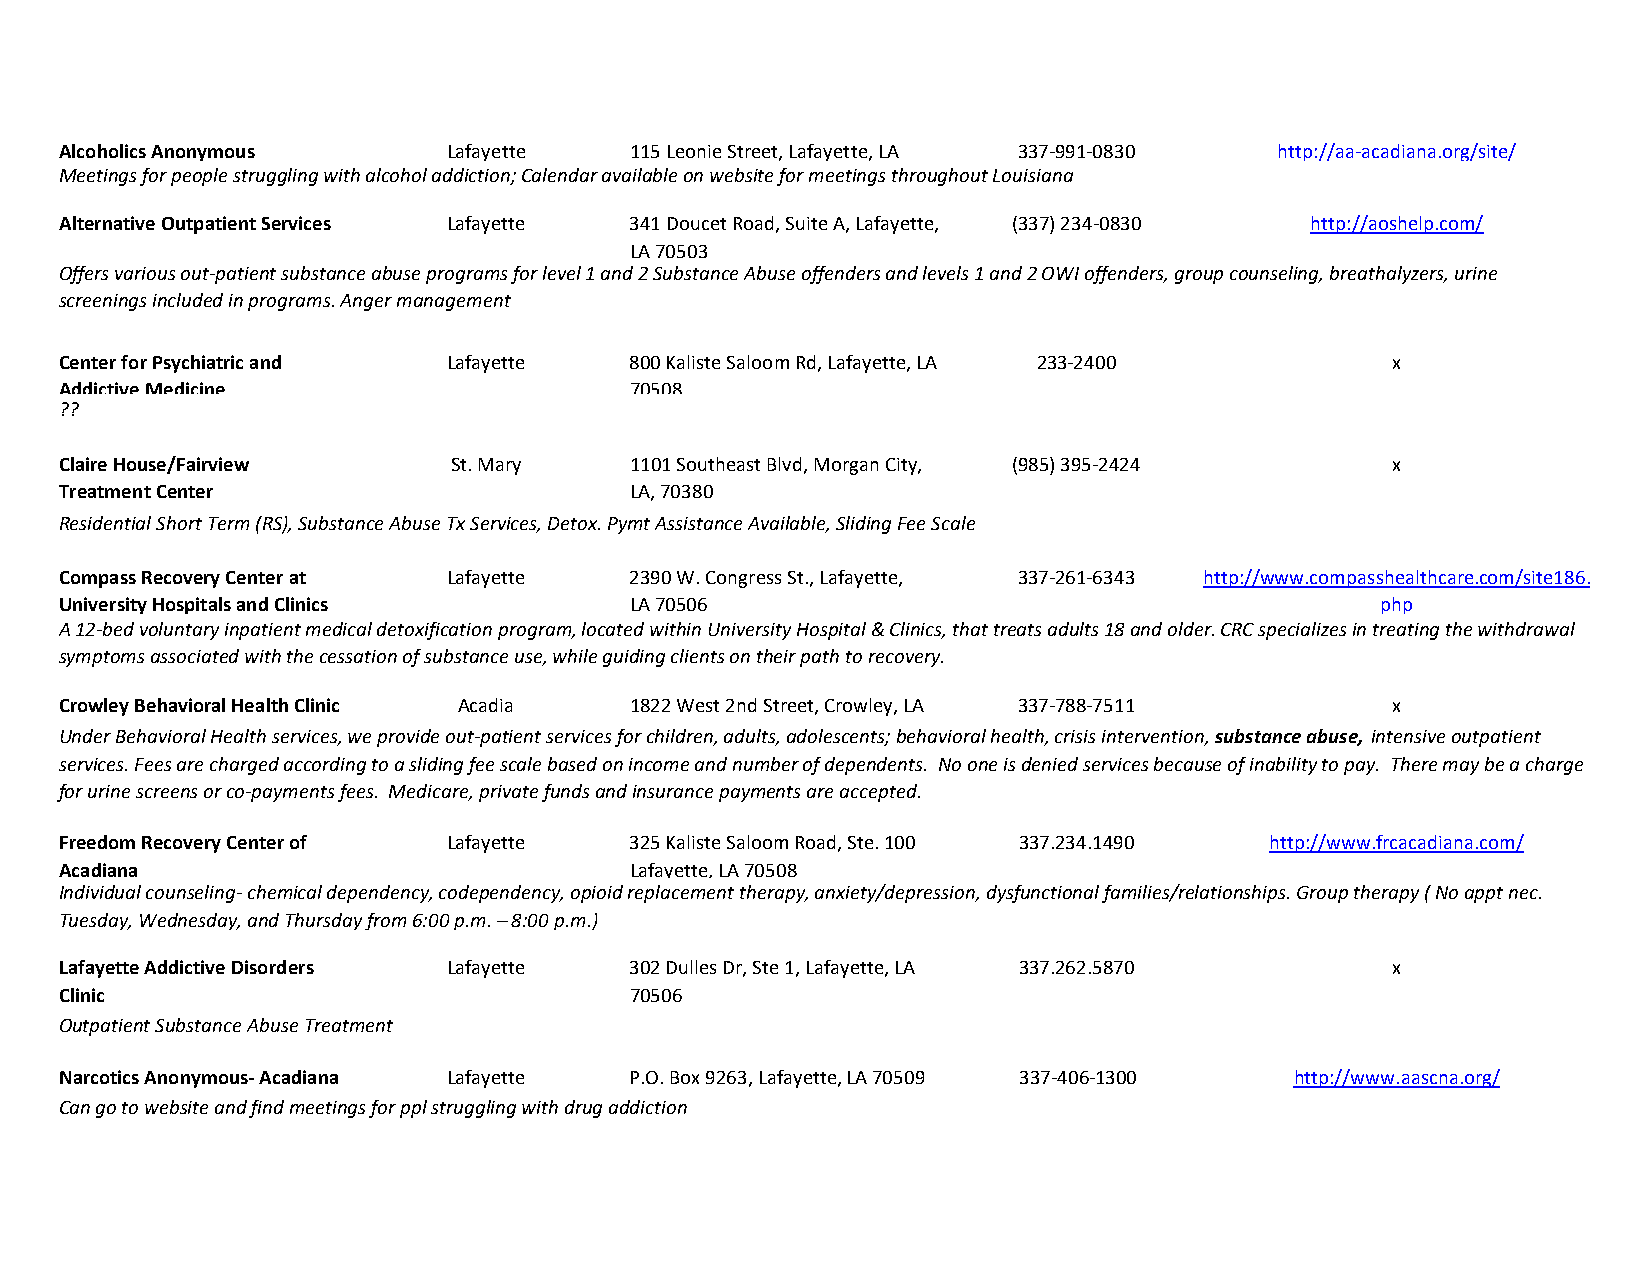
Alcoholics Anonymous      Lafayette   115 Leonie Street, Lafayette, LA 337-991-0830 http://aa-acadiana.org/site/
 Meetings for people struggling with alcohol addiction; Calendar available on website for meetings throughout Louisiana
 Alternative Outpatient Services Lafayette 341 Doucet Road, Suite A, Lafayette, (337) 234-0830 http://aoshelp.com/
 LA 70503
 Offers various out-patient substance abuse programs for level 1 and 2 Substance Abuse offenders and levels 1 and 2 OWI offenders, group counseling, breathalyzers, urine
 screenings included in programs. Anger management
 Center for Psychiatric and Lafayette  800 Kaliste Saloom Rd, Lafayette, LA 233-2400     x
 Addictive Medicine                    70508
 ??
 Claire House/Fairview     St. Mary    1101 Southeast Blvd, Morgan City, (985) 395-2424  x
 Treatment Center                      LA, 70380
 Residential Short Term (RS), Substance Abuse Tx Services, Detox. Pymt Assistance Available, Sliding Fee Scale
 Compass Recovery Center at Lafayette  2390 W. Congress St., Lafayette, 337-261-6343 http://www.compasshealthcare.com/site186.
 University Hospitals and Clinics      LA 70506                                         php
 A 12-bed voluntary inpatient medical detoxification program, located within University Hospital & Clinics, that treats adults 18 and older. CRC specializes in treating the withdrawal
 symptoms associated with the cessation of substance use, while guiding clients on their path to recovery.
 Crowley Behavioral Health Clinic Acadia 1822 West 2nd Street, Crowley, LA 337-788-7511  x
 Under Behavioral Health services, we provide out-patient services fo7r0 c5h2il6dren, adults, adolescents; behavioral health, crisis intervention, substance abuse, intensive outpatient
 services. Fees are charged according to a sliding fee scale based on income and number of dependents. No one is denied services because of inability to pay. There may be a charge
 for urine screens or co-payments fees. Medicare, private funds and insurance payments are accepted.
 Freedom Recovery Center of Lafayette  325 Kaliste Saloom Road, Ste. 100 337.234.1490 http://www.frcacadiana.com/
 Acadiana                              Lafayette, LA 70508
 Individual counseling- chemical dependency, codependency, opioid replacement therapy, anxiety/depression, dysfunctional families/relationships. Group therapy ( No appt nec.
 Tuesday, Wednesday, and Thursday from 6:00 p.m. – 8:00 p.m.)
 Lafayette Addictive Disorders Lafayette 302 Dulles Dr, Ste 1, Lafayette, LA 337.262.5870 x
 Clinic                                70506
 Outpatient Substance Abuse Treatment
 Narcotics Anonymous- Acadiana Lafayette P.O. Box 9263, Lafayette, LA 70509 337-406-1300 http://www.aascna.org/
 ACarena go to website and find meetings for ppl struggling with drug addiction 337-269-7979